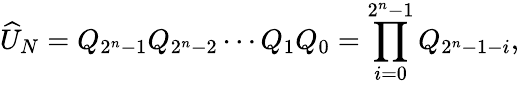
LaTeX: \widehat{U}_{N}=Q_{2^{n}-1}Q_{2^{n}-2}\cdots Q_{1}Q_{0}=\prod_{i=0}^{2^{n}-1}Q_{2^{n}-1-i},